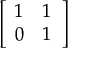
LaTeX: \left[ { \begin{array} { l l } { 1 } & { 1 } \\ { 0 } & { 1 } \end{array} } \right]